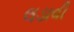
લડાવી